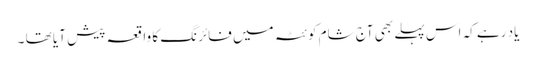
یاد رہے کہ اس پہلے بھی آج شام کوئٹہ میں فائرنگ کا واقعہ پیش آیا تھا ۔